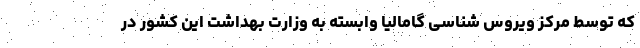
که توسط مرکز ویروس شناسی گامالیا وابسته به وزارت بهداشت این کشور در